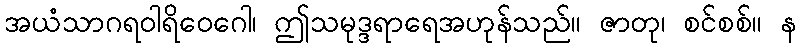
အယံသာဂရဝါရိဝေဂေါ၊ ဤသမုဒ္ဒရာရေအဟုန်သည်။ ဇာတု၊ စင်စစ်။ န